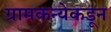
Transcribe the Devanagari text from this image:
ग्रामकन्येकडून